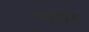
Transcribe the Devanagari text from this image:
कार्पिस